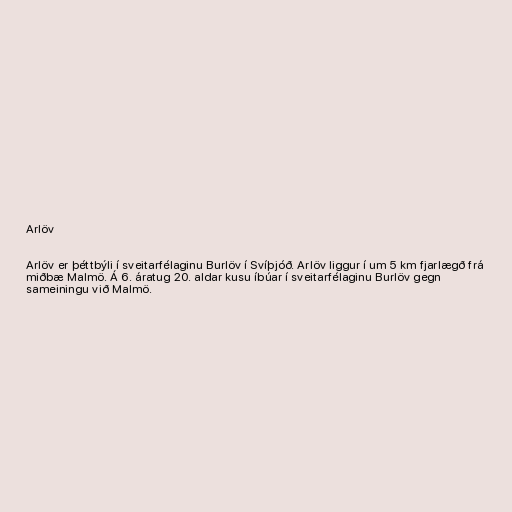
Arlöv

Arlöv er þéttbýli í sveitarfélaginu Burlöv í Svíþjóð. Arlöv liggur í um 5 km fjarlægð frá
miðbæ Malmö. Á 6. áratug 20. aldar kusu íbúar í sveitarfélaginu Burlöv gegn
sameiningu við Malmö.